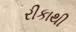
રીકાથી